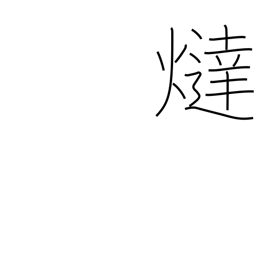
Meaning: foot warmer